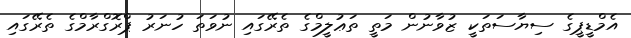
އެމްޑީޕީގެ ސިޔާސަތަކީ ޒުވާނުން މަތީ ތަޢުލީމްގެ ތެރޭގައި ނުވަތަ ހުނަރު ޕްރޮގްރާމްގެ ތެރޭގައި